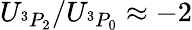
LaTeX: U_{{}^{3}P_{2}}/U_{{}^{3}P_{0}}\approx-2